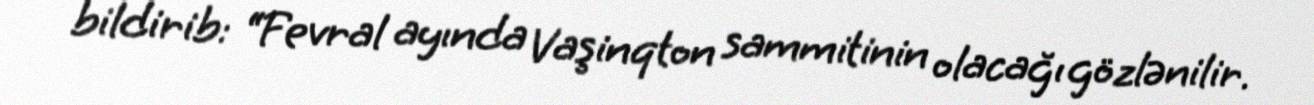
bildirib: “Fevral ayında Vaşinqton sammitinin olacağı gözlənilir.